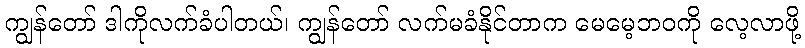
ကျွန်တော် ဒါကိုလက်ခံပါတယ်၊ ကျွန်တော် လက်မခံနိုင်တာက မေမေ့ဘဝကို လေ့လာဖို့